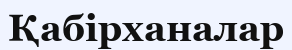
Қабірханалар